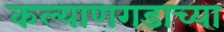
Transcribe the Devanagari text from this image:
कल्याणगडाच्या